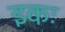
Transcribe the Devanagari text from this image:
इकः